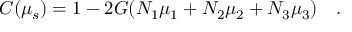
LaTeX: C ( \mu _ { s } ) = 1 - 2 G ( N _ { 1 } \mu _ { 1 } + N _ { 2 } \mu _ { 2 } + N _ { 3 } \mu _ { 3 } ) ~ ~ ~ .